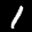
Label: 1